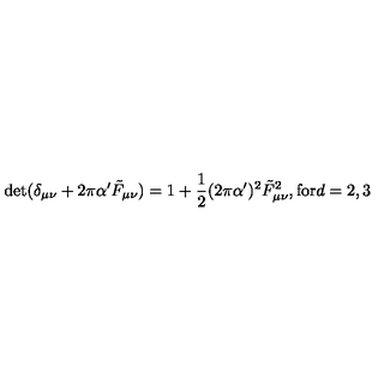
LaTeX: \mathrm { d e t } ( \delta _ { \mu \nu } + 2 \pi \alpha ^ { \prime } \tilde { F } _ { \mu \nu } ) = 1 + \frac { 1 } { 2 } ( 2 \pi \alpha ^ { \prime } ) ^ { 2 } \tilde { F } _ { \mu \nu } ^ { 2 } , \mathrm { f o r } d = 2 , 3